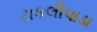
ટાકલીપાડા